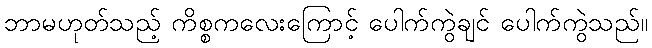
ဘာမဟုတ်သည့် ကိစ္စကလေးကြောင့် ပေါက်ကွဲချင် ပေါက်ကွဲသည်။